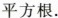
平方根.